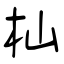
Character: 杣